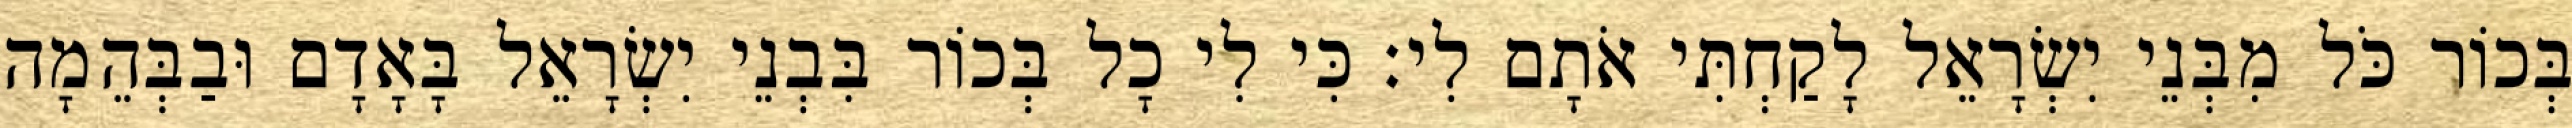
בְּכוֹר כֹּל מִבְּנֵי יִשְׂרָאֵל לָקַחְתִּי אֹתָם לִי׃ כִּי לִי כָל בְּכוֹר בִּבְנֵי יִשְׂרָאֵל בָּאָדָם וּבַבְּהֵמָה